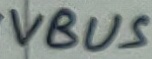
Text: VBUS